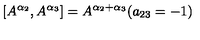
\left[ A ^ { \alpha _ { 2 } } , A ^ { \alpha _ { 3 } } \right] = A ^ { \alpha _ { 2 } + \alpha _ { 3 } } ( a _ { 2 3 } = - 1 )